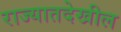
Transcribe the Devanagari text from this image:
राज्यातदेखील